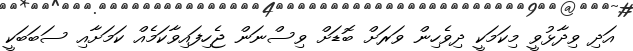
އަދި ވިދާޅުވީ މިކަމަކީ ދިވެހިން ވަރަށް ބޮޑަށް ވިސްނަން ޖެހިފައިވާކަމެއް ކަމަށާއި ސަބަބަކީ